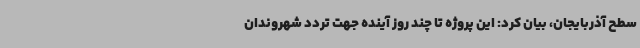
سطح آذربایجان، بیان کرد: این پروژه تا چند روز آینده جهت تردد شهروندان